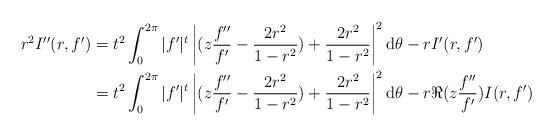
LaTeX: \begin{align*}r^2I''(r,f') &= t^2\int_0^{2\pi}|f'|^t\left|(z\frac{f''}{f'}-\frac{2r^2}{1-r^2})+\frac{2r^2}{1-r^2}\right|^2\mathrm{d}\theta-rI'(r,f') \\ &= t^2\int_0^{2\pi}|f'|^t\left|(z\frac{f''}{f'}-\frac{2r^2}{1-r^2})+\frac{2r^2}{1-r^2}\right|^2\mathrm{d}\theta-r\Re(z\frac{f''}{f'})I(r,f')\end{align*}